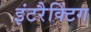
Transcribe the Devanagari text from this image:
इंटरैक्टिंग